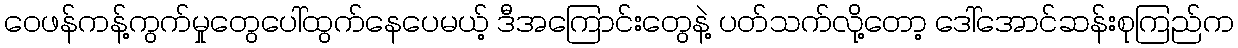
ဝေဖန်ကန့်ကွက်မှုတွေပေါ်ထွက်နေပေမယ့် ဒီအကြောင်းတွေနဲ့ ပတ်သက်လို့တော့ ဒေါ်အောင်ဆန်းစုကြည်က